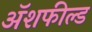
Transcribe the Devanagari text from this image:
ॲशफील्ड